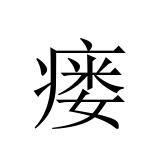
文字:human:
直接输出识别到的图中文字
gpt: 瘘